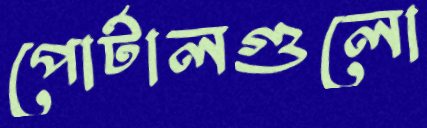
পোর্টালগুলো